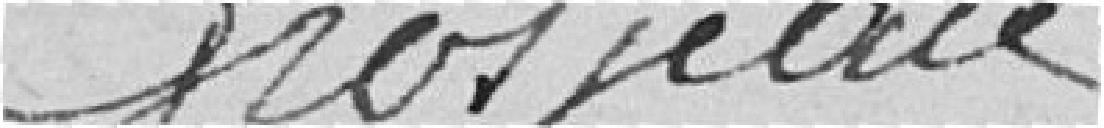
Grosjean